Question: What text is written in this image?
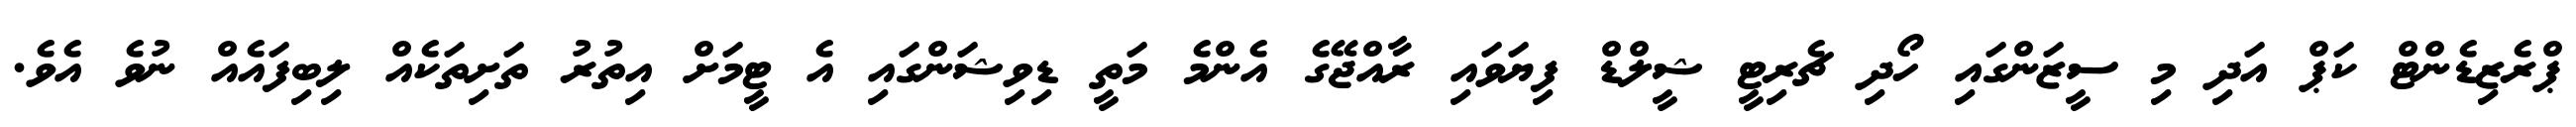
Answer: ޕްރެޒިޑެންޓް ކަޕް އަދި މި ސީޒަންގައި ހޯދި ޗެރިޓީ ޝީލްޑް ފިޔަވައި ރާއްޖޭގެ އެންމެ މަތީ ޑިވިޝަންގައި އެ ޓީމަށް އިތުރު ތަށިތަކެއް ލިބިފައެއް ނުވެ އެވެ.